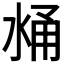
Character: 𰛼